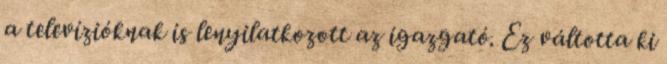
a televízióknak is lenyilatkozott az igazgató. Ez váltotta ki